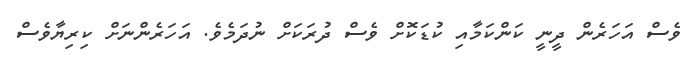
ވެސް އަހަރެން ދީނީ ކަންކަމާއި ކުޑަކޮށް ވެސް ދުރަކަށް ނުދަމެވެ. އަހަރެންނަށް ކިރިޔާވެސް